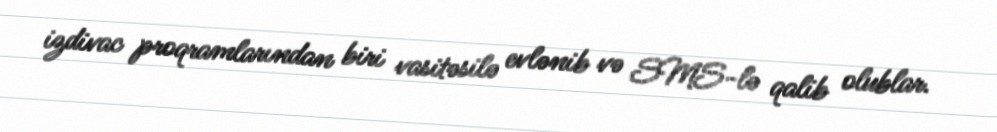
izdivac proqramlarından biri vasitəsilə evlənib və SMS-lə qalib olublar.